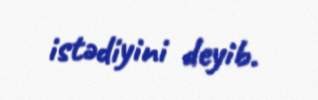
istədiyini deyib.